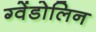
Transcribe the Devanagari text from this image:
ग्वेंडोलिन